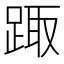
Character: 踙